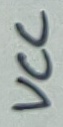
Text: VCC